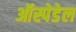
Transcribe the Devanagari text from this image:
ऑस्पेडेल